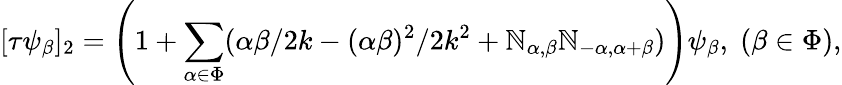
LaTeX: [\tau\psi_{\beta}]_{2}=\left(1+\sum_{\alpha\in\Phi}(\alpha\beta/2k-(\alpha\beta)^{2}/2k^{2}+\mathbb{N}_{\alpha,\beta}\mathbb{N}_{-\alpha,\alpha+\beta})\right)\psi_{\beta},\; (\beta\in\Phi),